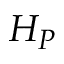
H _ { P }